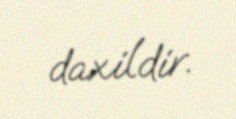
daxildir.